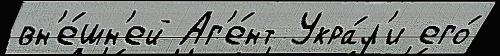
вн'е́шн'ей Аг'е́нт Укра́л'и его́